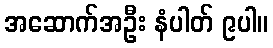
အဆောက်အဦး နံပါတ် ၉ပါ။